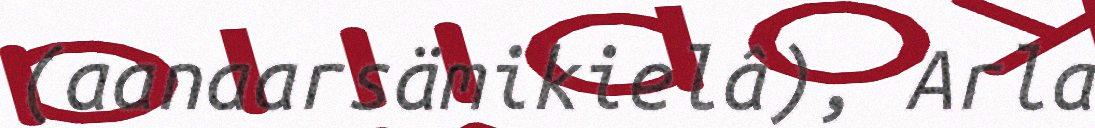
(aanaarsämikielâ), Arla